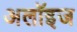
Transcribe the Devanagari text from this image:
अलॉइज